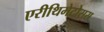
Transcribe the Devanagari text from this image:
एरीथिमेटोसस